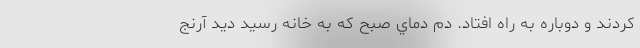
كردند و دوباره به راه افتاد. دم دماي صبح كه به خانه رسيد ديد آرنج